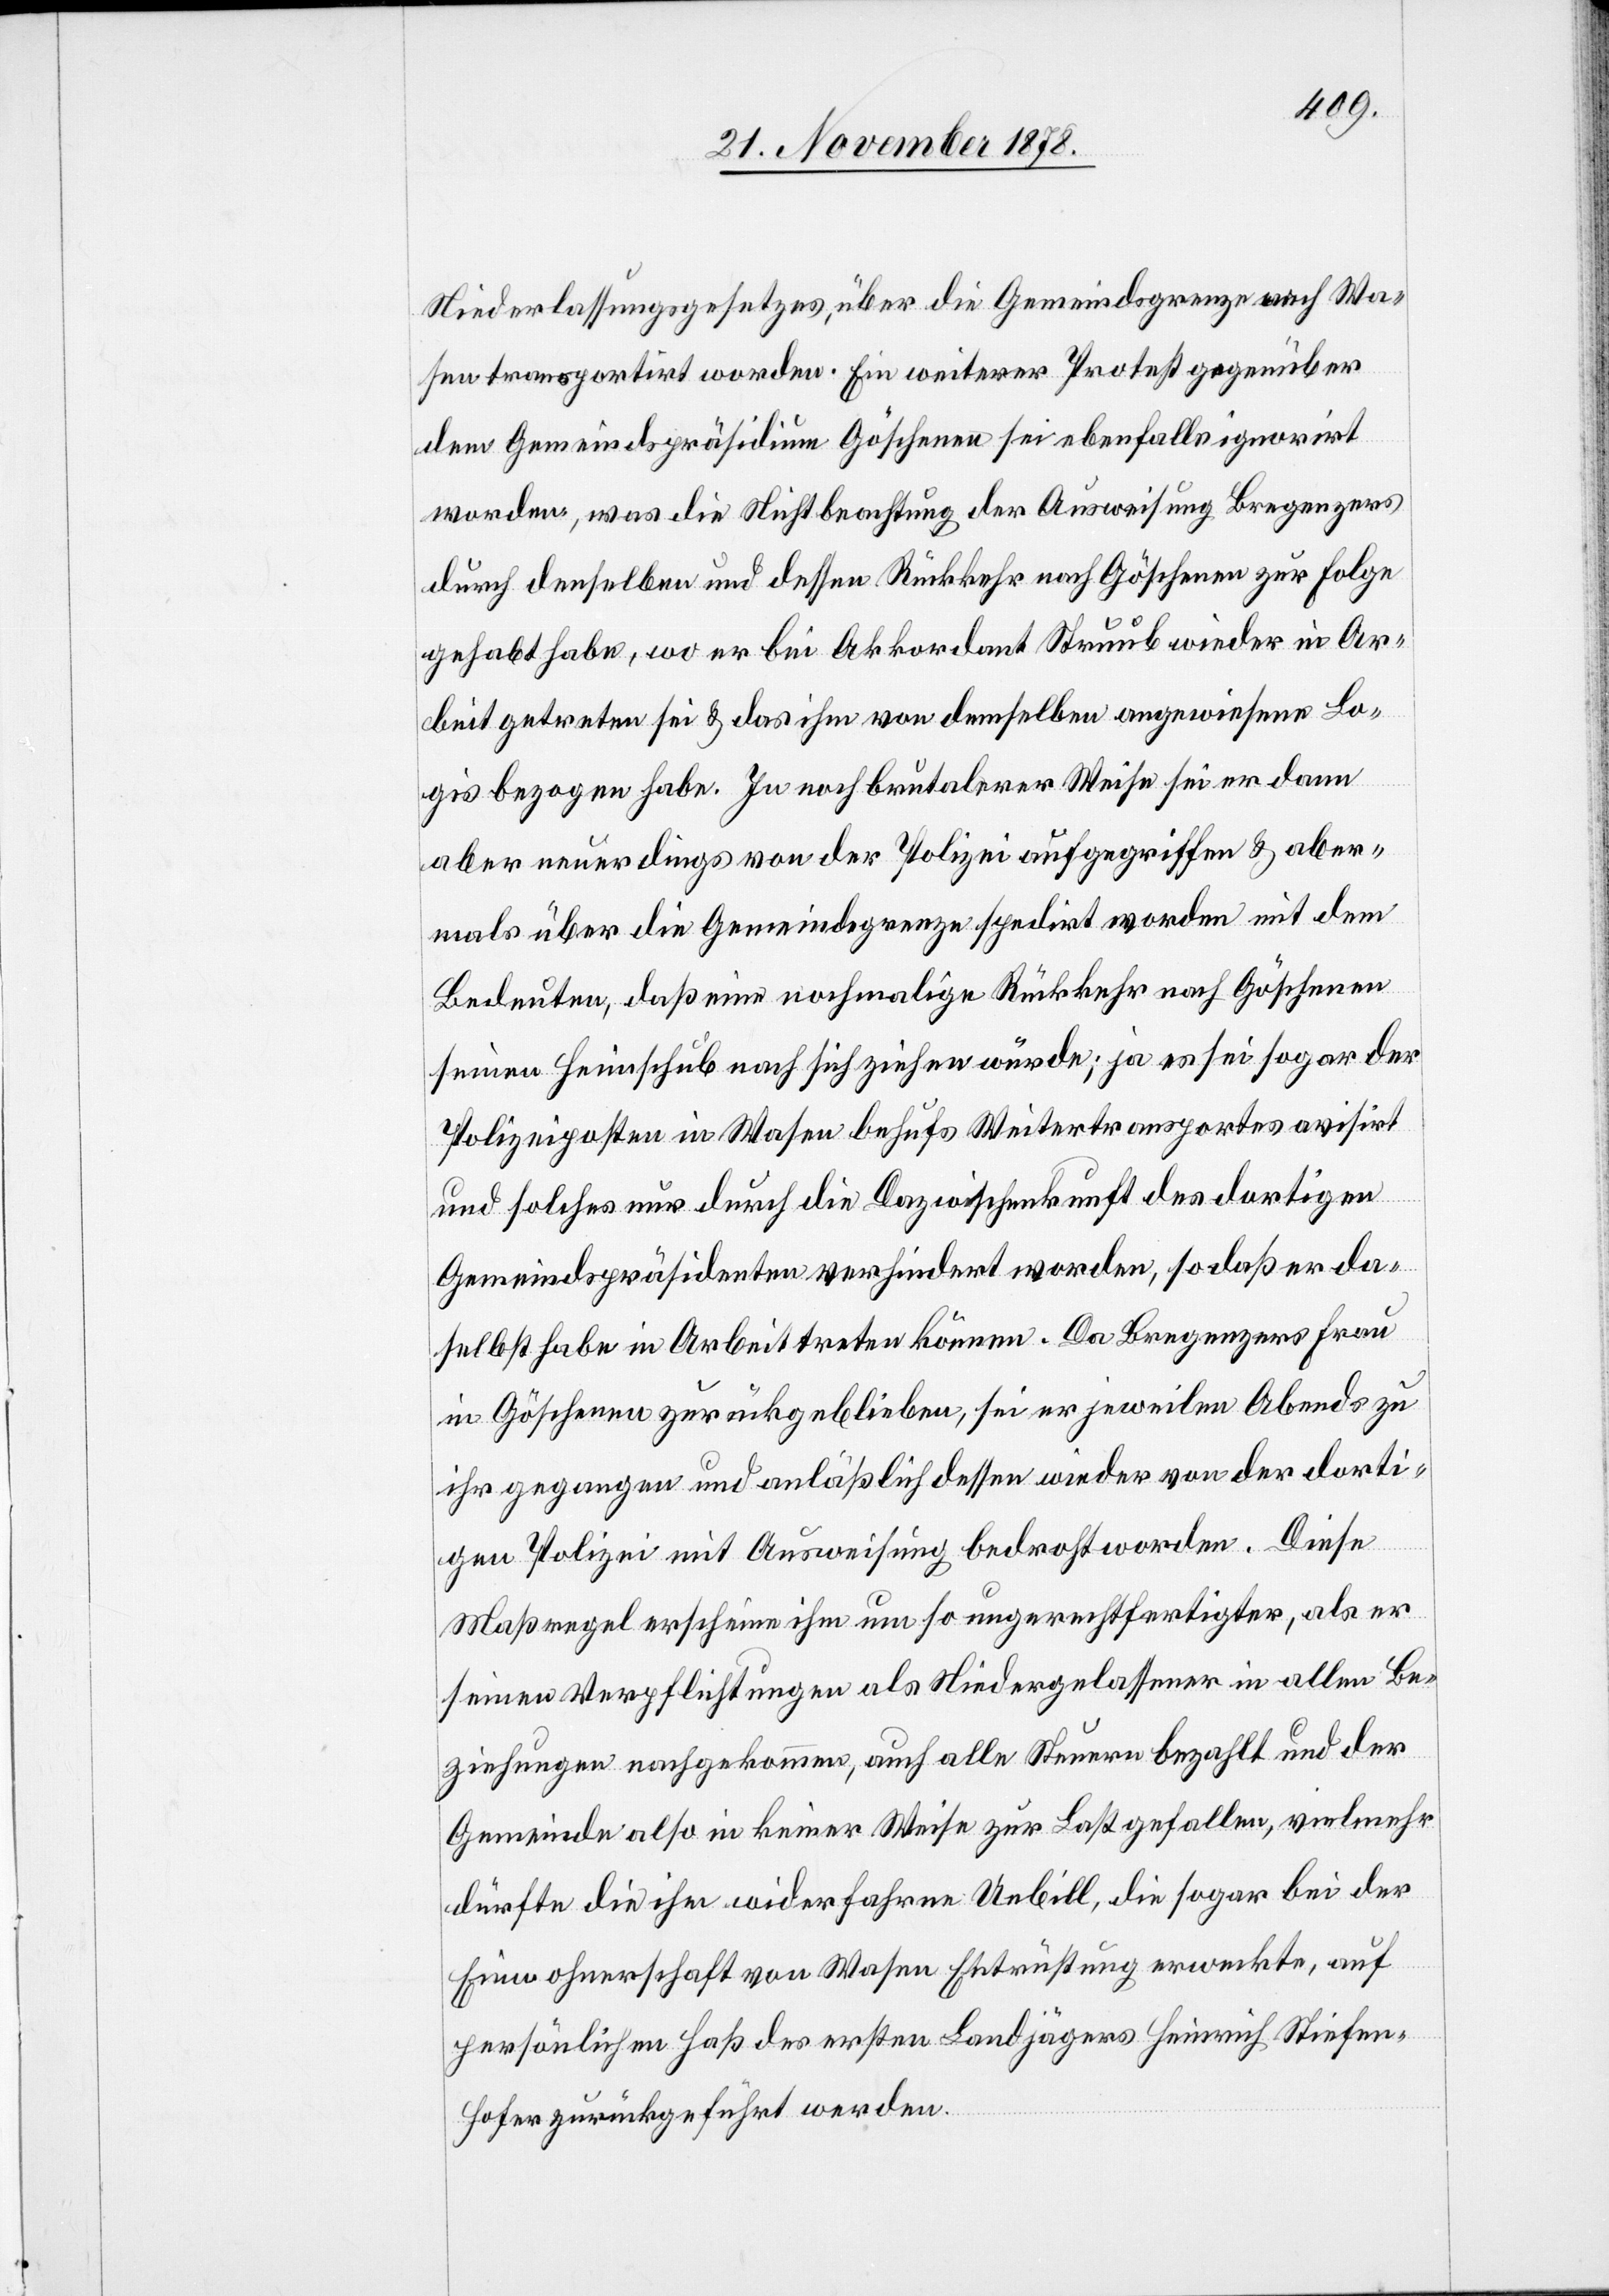
Niederlassungsgesetzes, über die Gemeindsgrenze nach Wa¬
sen transportirt worden. Ein weiterer Protest gegenüber
dem Gemeindspräsidium Göschenen sei ebenfalls ignorirt
worden, was die Nichtbeachtung der Ausweisung Bregenzers
durch denselben und dessen Rückkehr nach Göschenen zur Folge
gehabt habe, wo er bei Akkordant Struub wieder in Ar¬
beit getreten sei & das ihm von demselben angewiesene Lo¬
gis bezogen habe. In noch brutalerer Weise sei er dann
aber neuerdings von der Polizei aufgegriffen & aber¬
mals über die Gemeindsgrenze spedirt worden mit dem
Bedeuten, daß eine nochmalige Rückkehr nach Göschenen
seinen Heimschub nach sich ziehen würde; ja es sei sogar der
Polizeiposten in Wasen behufs Weitertransportes avisirt
und solches nur durch die Dazwischenkunft des dortigen
Gemeindspräsidenten verhindert worden, so daß er da¬
selbst habe in Arbeit treten können. Da Bregenzers Frau
in Göschenen zurückgeblieben, sei er jeweilen Abends zu
ihr gegangen und anläßlich dessen wieder von der dorti¬
gen Polizei mit Ausweisung bedroht worden. Diese
Maßregel erscheine ihm um so ungerechtfertigter, als er
seinen Verpflichtungen als Niedergelassener in allen Be¬
ziehungen nachgekommen, auch alle Steuern bezahlt und der
Gemeinde also in keiner Weise zur Last gefallen, vielmehr
dürfte die ihm widerfahrene Unbill, die sogar bei der
Einwohnerschaft von Wasen Entrüstung erweckte, auf
persönlichen Haß des ersten Landjägers Heinrich Stiefen¬
hofer zurückgeführt werden.